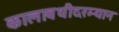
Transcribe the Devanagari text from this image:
कालावधीदरम्यान